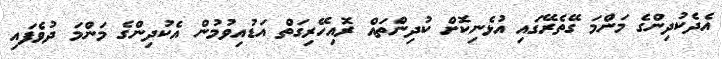
އެދެކުދިންގެ މަންމަ ގޭތެރޭގައި އުޅެނިކޮށް ކުދިންތައް ރޮއިހޭރިގަތް އަޑުއިވުމުން އެކުދިންގެ މަންމަ ދުވެފައި